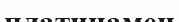
платинамен